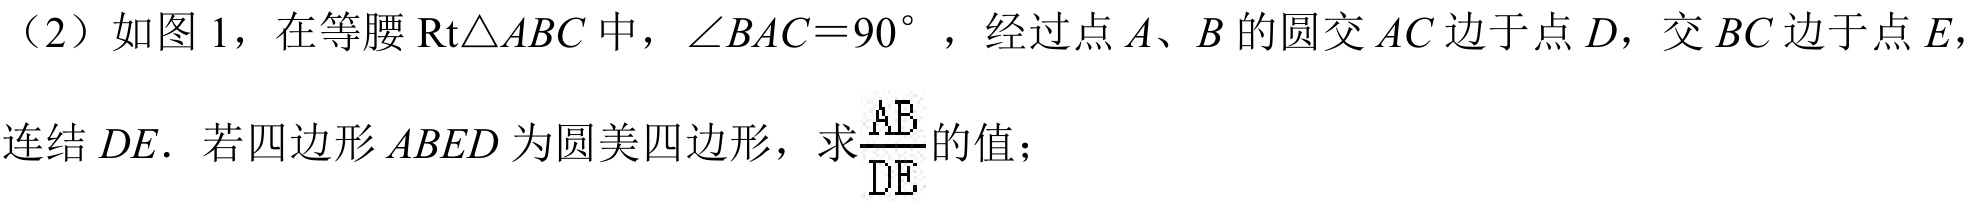
（2）如图 \(1\)，在等腰 \(\mathrm{Rt}\triangle ABC\) 中，\(\angle BAC = 90^{\circ}\)，经过点 \(A\)、\(B\) 的圆交 \(AC\) 边于点 \(D\)，交 \(BC\) 边于点 \(E\)，
连结 \(DE\). 若四边形 \(ABED\) 为圆美四边形，求\(\frac{AB}{DE}\)的值；